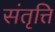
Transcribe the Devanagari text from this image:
संतृत्ति